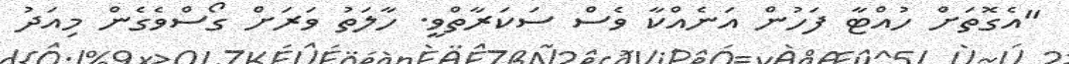
"އެގޮތަށް ހުއްޓާ ފަހުން އަނެއްކާ ވެސް ސަކަރާތްވީ. ހާލަތު ވަރަށް ގޯސްވެގެން މިއަދު